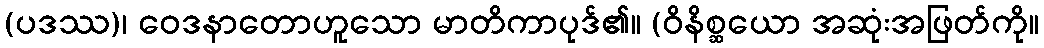
(ပဒဿ)၊ ဝေဒနာတောဟူသော မာတိကာပုဒ်၏။ (ဝိနိစ္ဆယော အဆုံးအဖြတ်ကို။